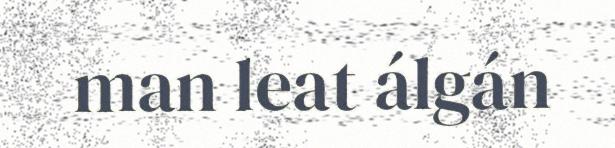
man leat álgán